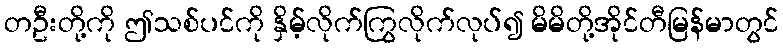
တဦးတို့ကို ဤသစ်ပင်ကို နှိမ့်လိုက်ကြွလိုက်လုပ်၍ မိမိတို့အိုင်တီမြန်မာတွင်